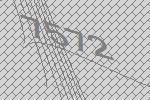
7572